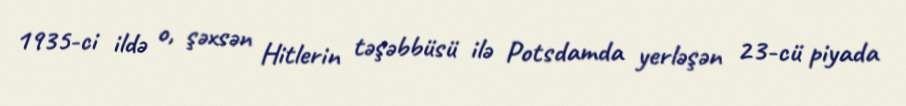
1935-ci ildə o, şəxsən Hitlerin təşəbbüsü ilə Potsdamda yerləşən 23-cü piyada